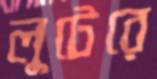
লুটেরে